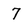
Character: 7